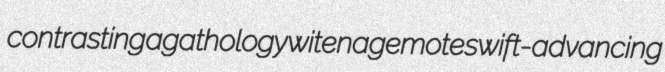
contrasting agathology witenagemote swift-advancing